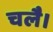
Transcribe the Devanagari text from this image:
चलै।